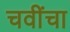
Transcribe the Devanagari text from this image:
चवींचा